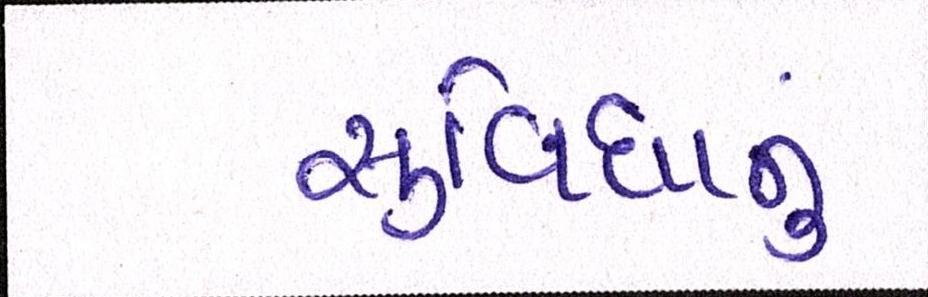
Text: સુવિધાનુ